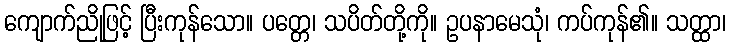
ကျောက်ညိုဖြင့် ပြီးကုန်သော။ ပတ္တေ၊ သပိတ်တို့ကို။ ဥပနာမေသုံ၊ ကပ်ကုန်၏။ သတ္ထာ၊